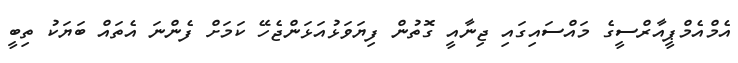
އެމްއެމްޕީއާރްސީގެ މައްސައިގައި ޖިނާއީ ގޮތުން ފިޔަވަޅުއަޅަންޖެހޭ ކަމަށް ފެންނަ އެތައް ބަޔަކު ތިބީ